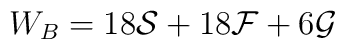
W_{B}=18{\cal{S}}+18{\cal{F}}+6{\cal{G}}